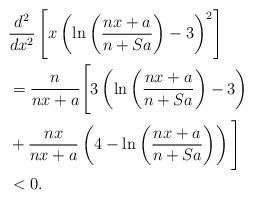
\begin{align*} & \frac{d^2}{dx^2}\left[x\left(\ln \left(\frac{nx+a}{n+Sa}\right)-3\right)^2\right] \\ & = \frac{n}{nx+a}\Bigg[3\left(\ln \left(\frac{nx+a}{n+Sa}\right)-3\right) \\ & +\frac{nx}{nx+a}\left(4-\ln \left(\frac{nx+a}{n+Sa}\right)\right)\Bigg] \\ & <0. \end{align*}